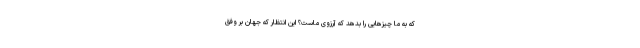
که به ما چیزهایی را بدهد که آرزوی ماست؟ این انتظار که جهان بر وفق